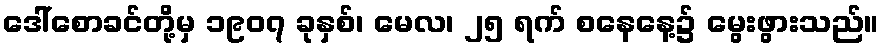
ဒေါ်စောခင်တို့မှ ၁၉၀၇ ခုနှစ်၊ မေလ၊ ၂၅ ရက် စနေနေ့၌ မွေးဖွားသည်။